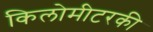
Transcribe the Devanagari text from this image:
किलोमीटरकी